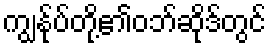
ကျွန်ုပ်တို့၏ဝဘ်ဆိုဒ်တွင်